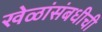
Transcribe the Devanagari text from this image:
खेळांसंबधीची